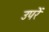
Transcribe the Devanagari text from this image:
उपरें